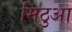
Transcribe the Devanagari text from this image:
मिठुआ